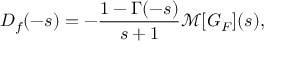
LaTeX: D _ { f } ( - s ) = - { \frac { 1 - \Gamma ( - s ) } { s + 1 } } { \mathcal { M } } [ G _ { F } ] ( s ) ,